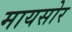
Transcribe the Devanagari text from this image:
मायसोर